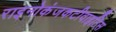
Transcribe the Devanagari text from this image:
राइनोकंजकटीवाइटिस